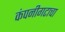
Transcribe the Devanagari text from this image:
कंपनीगटाचा